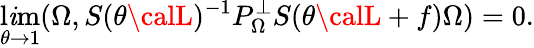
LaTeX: \operatorname*{l\mathit{i}m}_{\theta\to1}(\Omega,S(\theta{\calL})^{-1}P_{\Omega}^{\bot}S(\theta{\calL}+f)\Omega)=0.